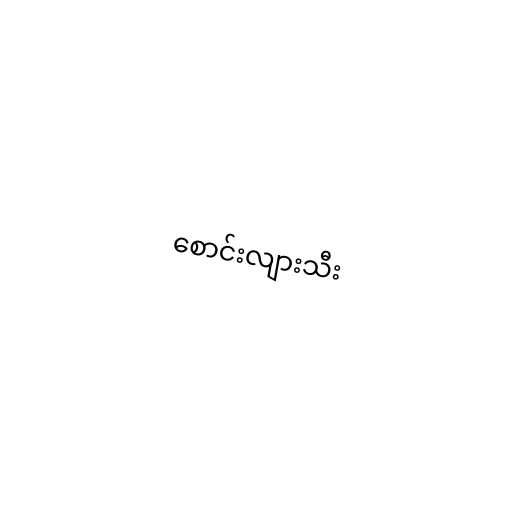
စောင်းလျားသီး